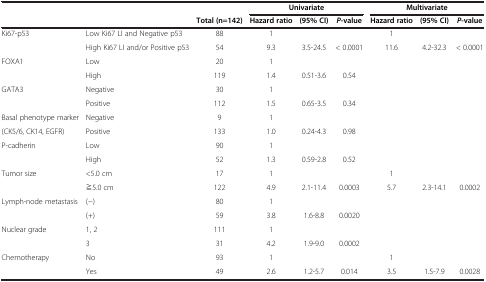
<table><thead><tr><td colspan="2"><b> </b></td><td><b> </b></td><td colspan="3"><b>Univariate</b></td><td colspan="3"><b>Multivariate</b></td></tr><tr><td><b> </b></td><td><b> </b></td><td><b>Total (n=142)</b></td><td><b>Hazard ratio</b></td><td><b>(95% CI)</b></td><td><b><i>P</i>-value</b></td><td><b>Hazard ratio</b></td><td><b>(95% CI)</b></td><td><b><i>P</i>-value</b></td></tr></thead><tbody><tr><td>Ki67-p53</td><td>Low Ki67 LI and Negative p53</td><td>88</td><td>1</td><td> </td><td> </td><td>1</td><td> </td><td> </td></tr><tr><td> </td><td>High Ki67 LI and/or Positive p53</td><td>54</td><td>9.3</td><td>3.5-24.5</td><td>&lt; 0.0001</td><td>11.6</td><td>4.2-32.3</td><td>&lt; 0.0001</td></tr><tr><td>FOXA1</td><td>Low</td><td>20</td><td>1</td><td> </td><td> </td><td> </td><td> </td><td> </td></tr><tr><td> </td><td>High</td><td>119</td><td>1.4</td><td>0.51-3.6</td><td>0.54</td><td> </td><td> </td><td> </td></tr><tr><td>GATA3</td><td>Negative</td><td>30</td><td>1</td><td> </td><td> </td><td> </td><td> </td><td> </td></tr><tr><td> </td><td>Positive</td><td>112</td><td>1.5</td><td>0.65-3.5</td><td>0.34</td><td> </td><td> </td><td> </td></tr><tr><td>Basal phenotype marker</td><td>Negative</td><td>9</td><td>1</td><td> </td><td> </td><td> </td><td> </td><td> </td></tr><tr><td>(CK5/6, CK14, EGFR)</td><td>Positive</td><td>133</td><td>1.0</td><td>0.24-4.3</td><td>0.98</td><td> </td><td> </td><td> </td></tr><tr><td>P-cadherin</td><td>Low</td><td>90</td><td>1</td><td> </td><td> </td><td> </td><td> </td><td> </td></tr><tr><td> </td><td>High</td><td>52</td><td>1.3</td><td>0.59-2.8</td><td>0.52</td><td> </td><td> </td><td> </td></tr><tr><td>Tumor size</td><td>&lt;5.0 cm</td><td>17</td><td>1</td><td> </td><td> </td><td>1</td><td> </td><td> </td></tr><tr><td> </td><td>≧5.0 cm</td><td>122</td><td>4.9</td><td>2.1-11.4</td><td>0.0003</td><td>5.7</td><td>2.3-14.1</td><td>0.0002</td></tr><tr><td>Lymph-node metastasis</td><td>(−)</td><td>80</td><td>1</td><td> </td><td> </td><td> </td><td> </td><td> </td></tr><tr><td> </td><td>(+)</td><td>59</td><td>3.8</td><td>1.6-8.8</td><td>0.0020</td><td> </td><td> </td><td> </td></tr><tr><td>Nuclear grade</td><td>1, 2</td><td>111</td><td>1</td><td> </td><td> </td><td> </td><td> </td><td> </td></tr><tr><td> </td><td>3</td><td>31</td><td>4.2</td><td>1.9-9.0</td><td>0.0002</td><td> </td><td> </td><td> </td></tr><tr><td>Chemotherapy</td><td>No</td><td>93</td><td>1</td><td> </td><td> </td><td>1</td><td> </td><td> </td></tr><tr><td> </td><td>Yes</td><td>49</td><td>2.6</td><td>1.2-5.7</td><td>0.014</td><td>3.5</td><td>1.5-7.9</td><td>0.0028</td></tr></tbody></table>